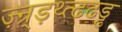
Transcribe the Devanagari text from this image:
ज़्न्र्ड़थ्त्ढढड्ढ